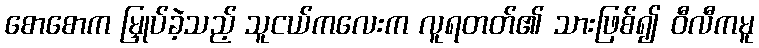
စောစောက မြှုပ်ခဲ့သည့် သူငယ်ကလေးက လူရတတ်၏ သားဖြစ်၍ ဝီလီကမူ